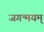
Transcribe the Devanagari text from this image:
जगन्मयम्